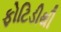
ફોટિડીથી